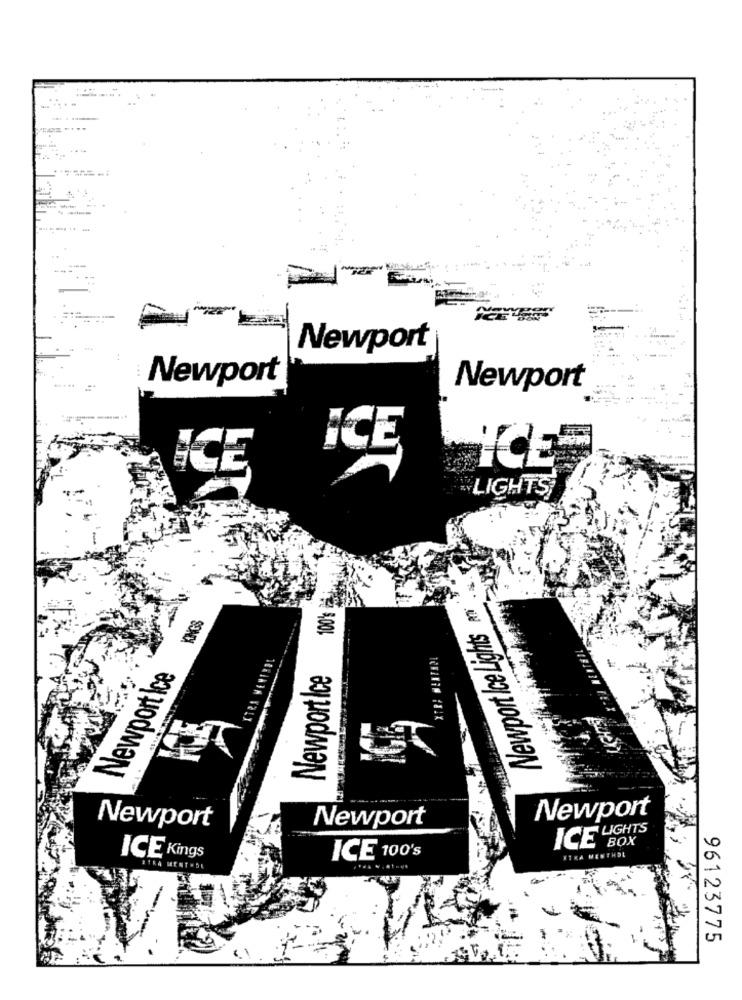
....
---...
Newport
Newport
Newport
ICE
LIGHTS,
Newport Ice Lights mi
SONX
Newport Ice
Newport Ice
Newport
Newport
Newport
BOX
ICE
WIRA MENTHOL
ICE Kings
ICE 100's
ZTRA MENT . DE
96123775